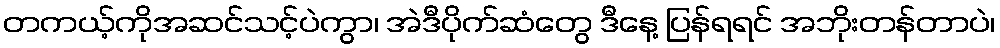
တကယ့်ကိုအဆင်သင့်ပဲကွာ၊ အဲဒီပိုက်ဆံတွေ ဒီနေ့ ပြန်ရရင် အဘိုးတန်တာပဲ၊